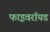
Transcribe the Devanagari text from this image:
फाइवरॉयड